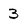
Character: 3